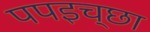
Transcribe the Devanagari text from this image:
पपइच्छा